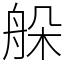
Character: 䑮